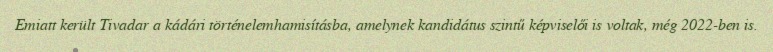
Emiatt került Tivadar a kádári történelemhamisításba, amelynek kandidátus szintű képviselői is voltak, még 2022-ben is.